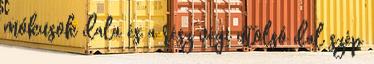
mókusok dala és a rész végi utolsó dal szép